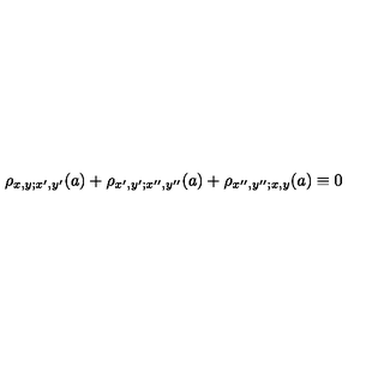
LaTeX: \rho _ { x , y ; x ^ { \prime } , y ^ { \prime } } ( a ) + \rho _ { x ^ { \prime } , y ^ { \prime } ; x ^ { \prime \prime } , y ^ { \prime \prime } } ( a ) + \rho _ { x ^ { \prime \prime } , y ^ { \prime \prime } ; x , y } ( a ) \equiv 0